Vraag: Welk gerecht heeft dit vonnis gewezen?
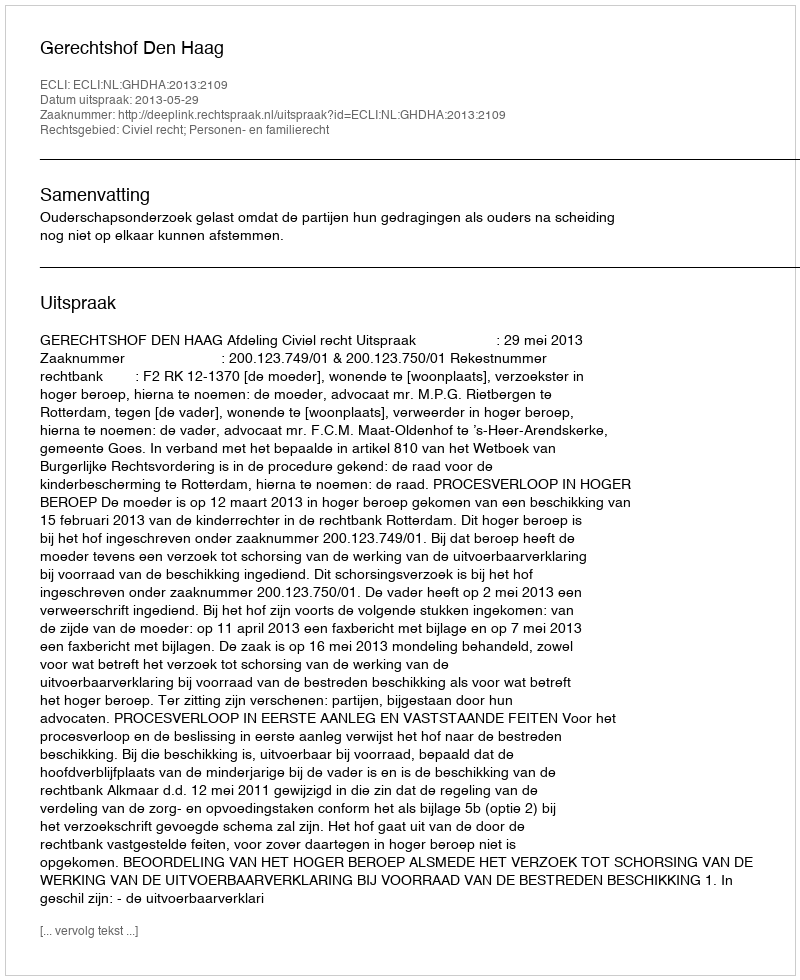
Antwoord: Gerechtshof Den Haag